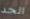
الحد